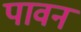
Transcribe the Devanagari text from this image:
पावनं